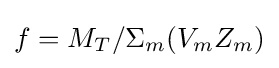
f=M_{T}/\Sigma _{m}(V_{m}Z_{m})